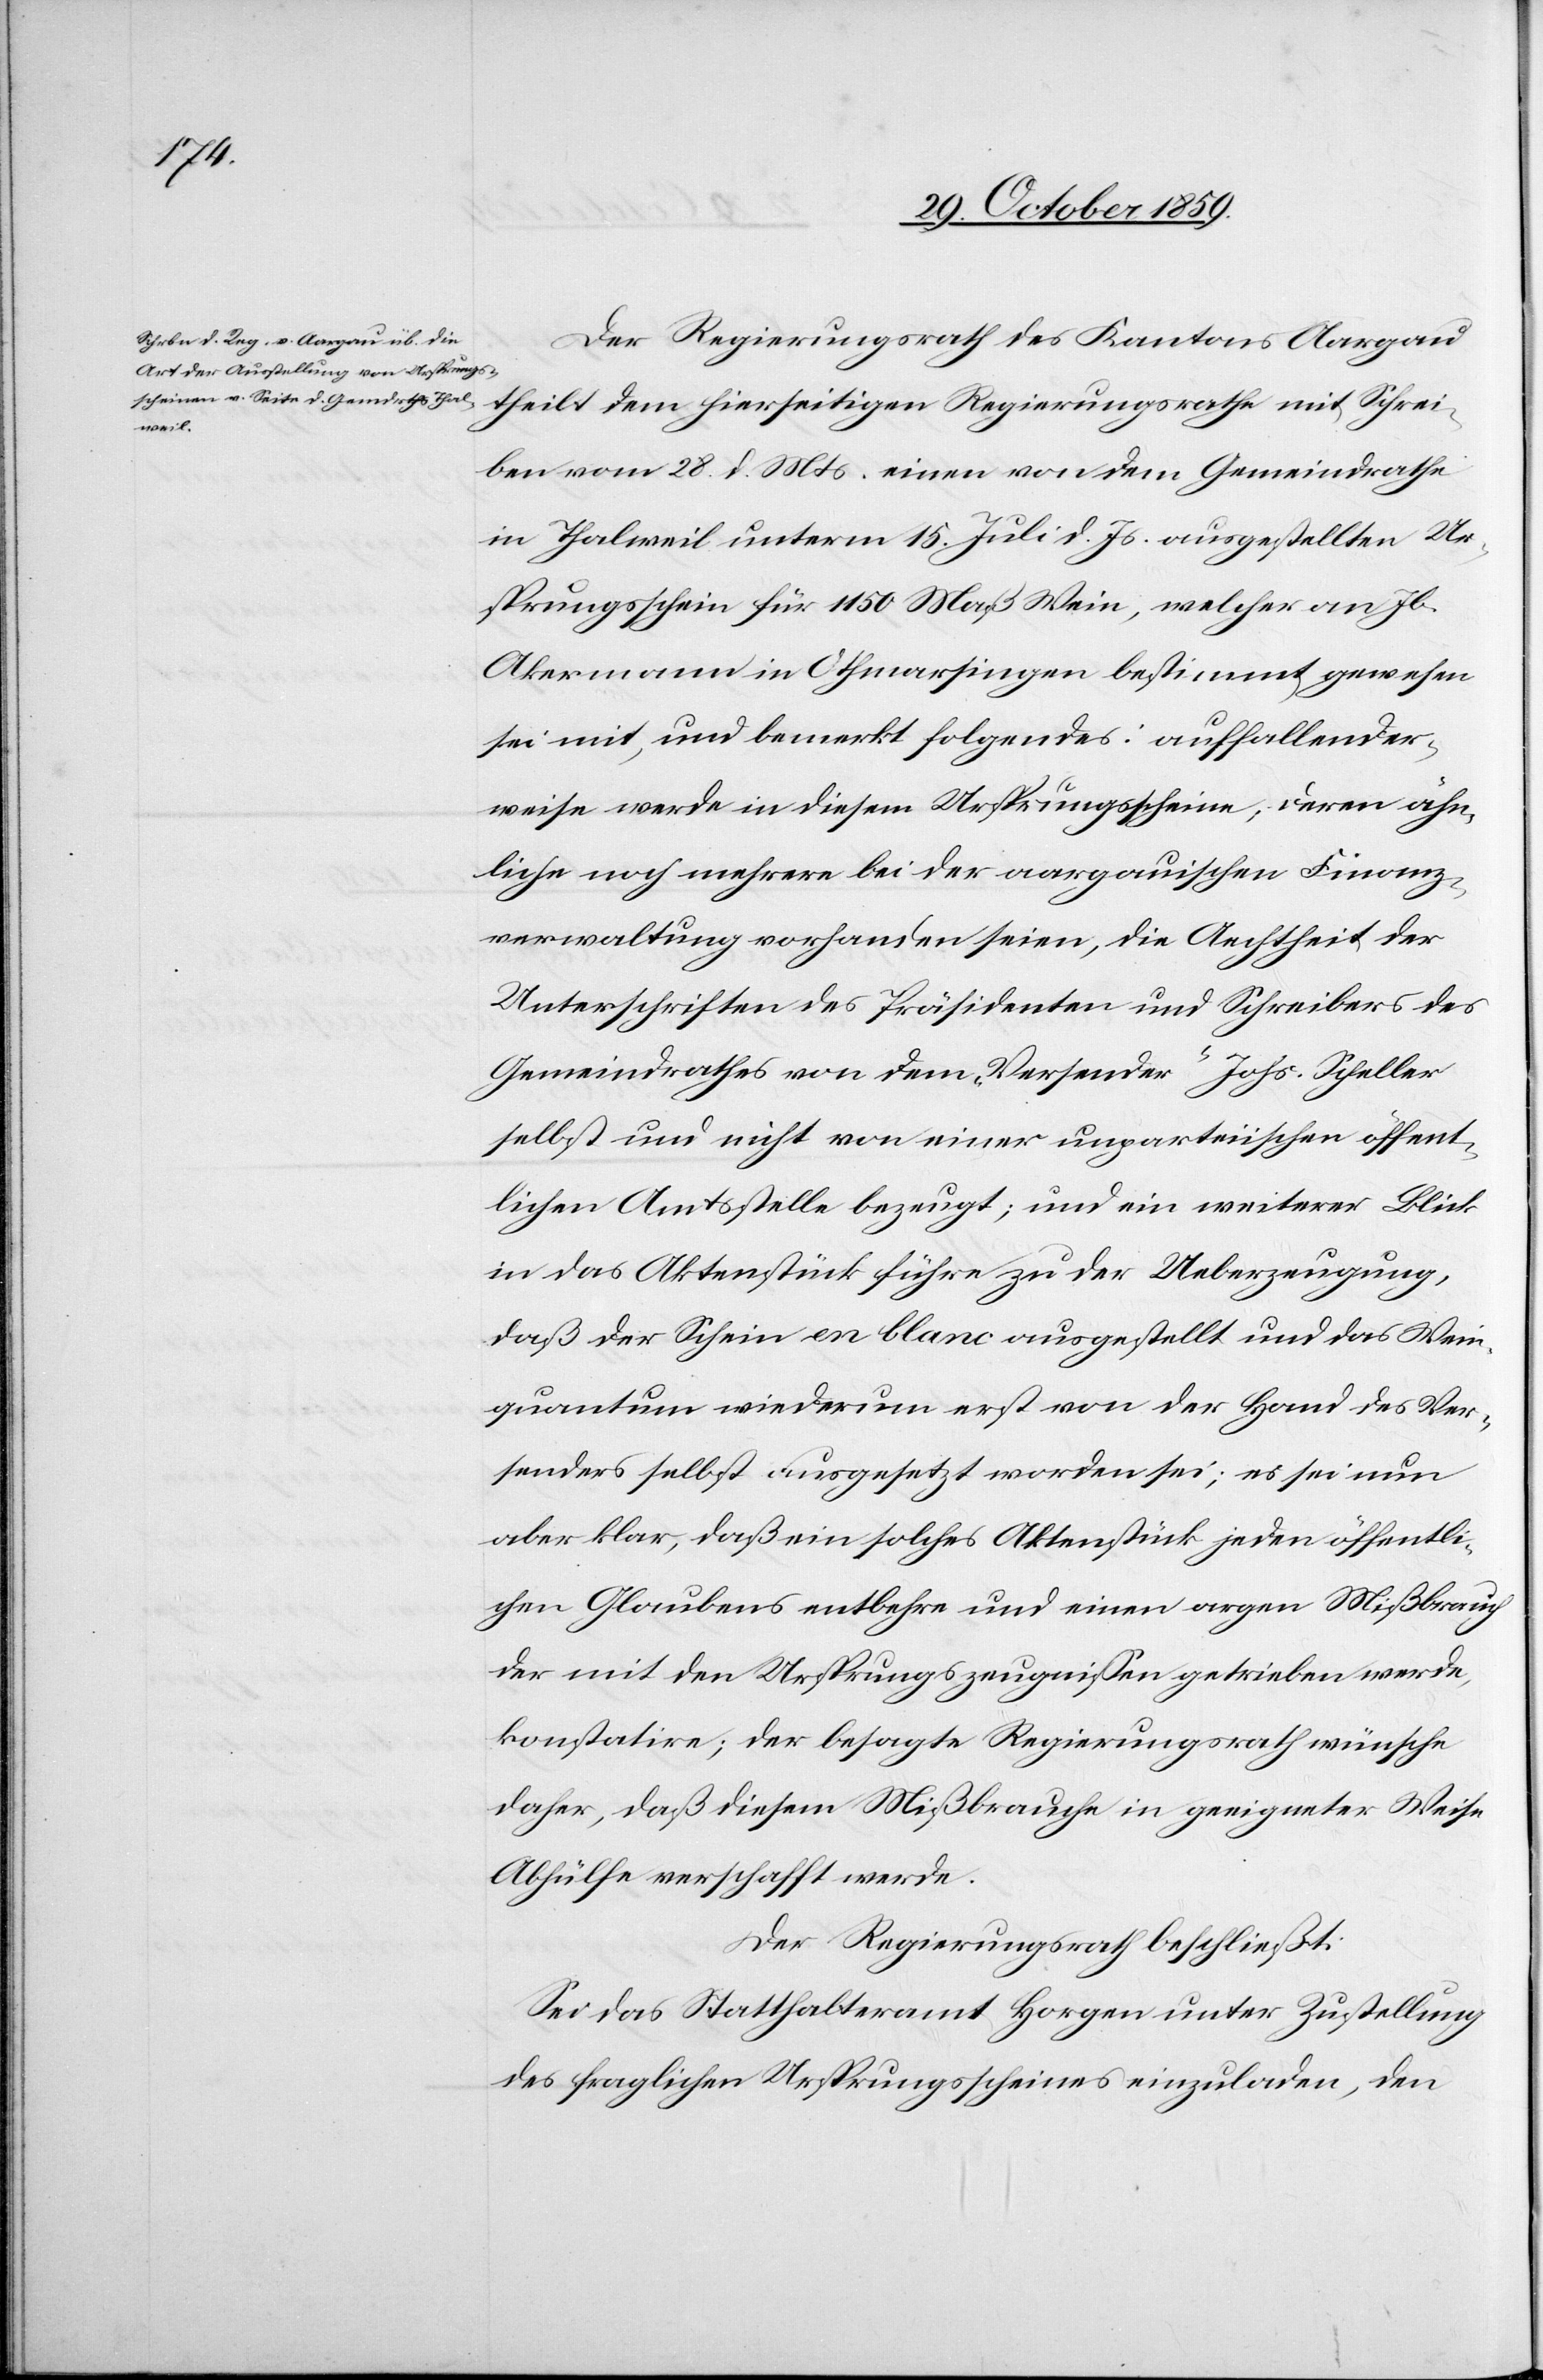
Der Regierungsrath des Kantons Aargau
theilt dem hierseitigen Regierungsrathe mit Schrei¬
ben vom 28. d. Mts. einen von dem Gemeindrathe
in Thalweil unterm 15. Juli d. Js. ausgestellten Ur¬
sprungsschein für 1150 Maß Wein, welcher an Jb.
Akermann in Othmarsingen bestimmt gewesen
sei mit, und bemerkt folgendes: auffallender¬
weise werde in diesem Ursprungsscheine, deren ähn¬
liche noch mehrere bei der aargauischen Finanz¬
verwaltung vorhanden seinen, die Aechtheit der
Unterschriften des Präsidenten und Schreibers des
Gemeindrathes von dem „Versender“ Johs. Scheller
selbst und nicht von einer unparteiischen öffent¬
lichen Amtsstelle bezeugt; und ein weiterer Blick
in das Aktenstück führe zu der Ueberzeugung,
daß der Schein en blanc ausgestellt und das Wein¬
quantum wiederum erst von der Hand des Ver¬
senders selbst ausgesetzt worden sei; es sei nun
aber klar, daß ein solches Aktenstück jeden öffentli¬
chen Glaubens entbehre und einen argen Mißbrauch
der mit den Ursprungszeugnissen getrieben werde
konstatire; der besagte Regierungsrath wünsche
daher, daß diesem Mißbrauch in geeigneter Weise
Abhülfe verschafft werde.
Der Regierungsrath beschließt:
Sei das Statthalteramt Horgen unter Zustellung
des fraglichen Ursprungsscheines einzuladen, den